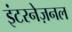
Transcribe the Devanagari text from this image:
इंटरनेज़नल